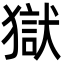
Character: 獄